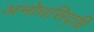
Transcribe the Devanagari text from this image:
अमोधसिद्धि